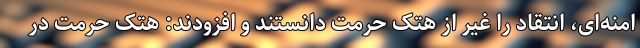
امنه‌ای، انتقاد را غیر از هتک حرمت دانستند و افزودند: هتک حرمت در